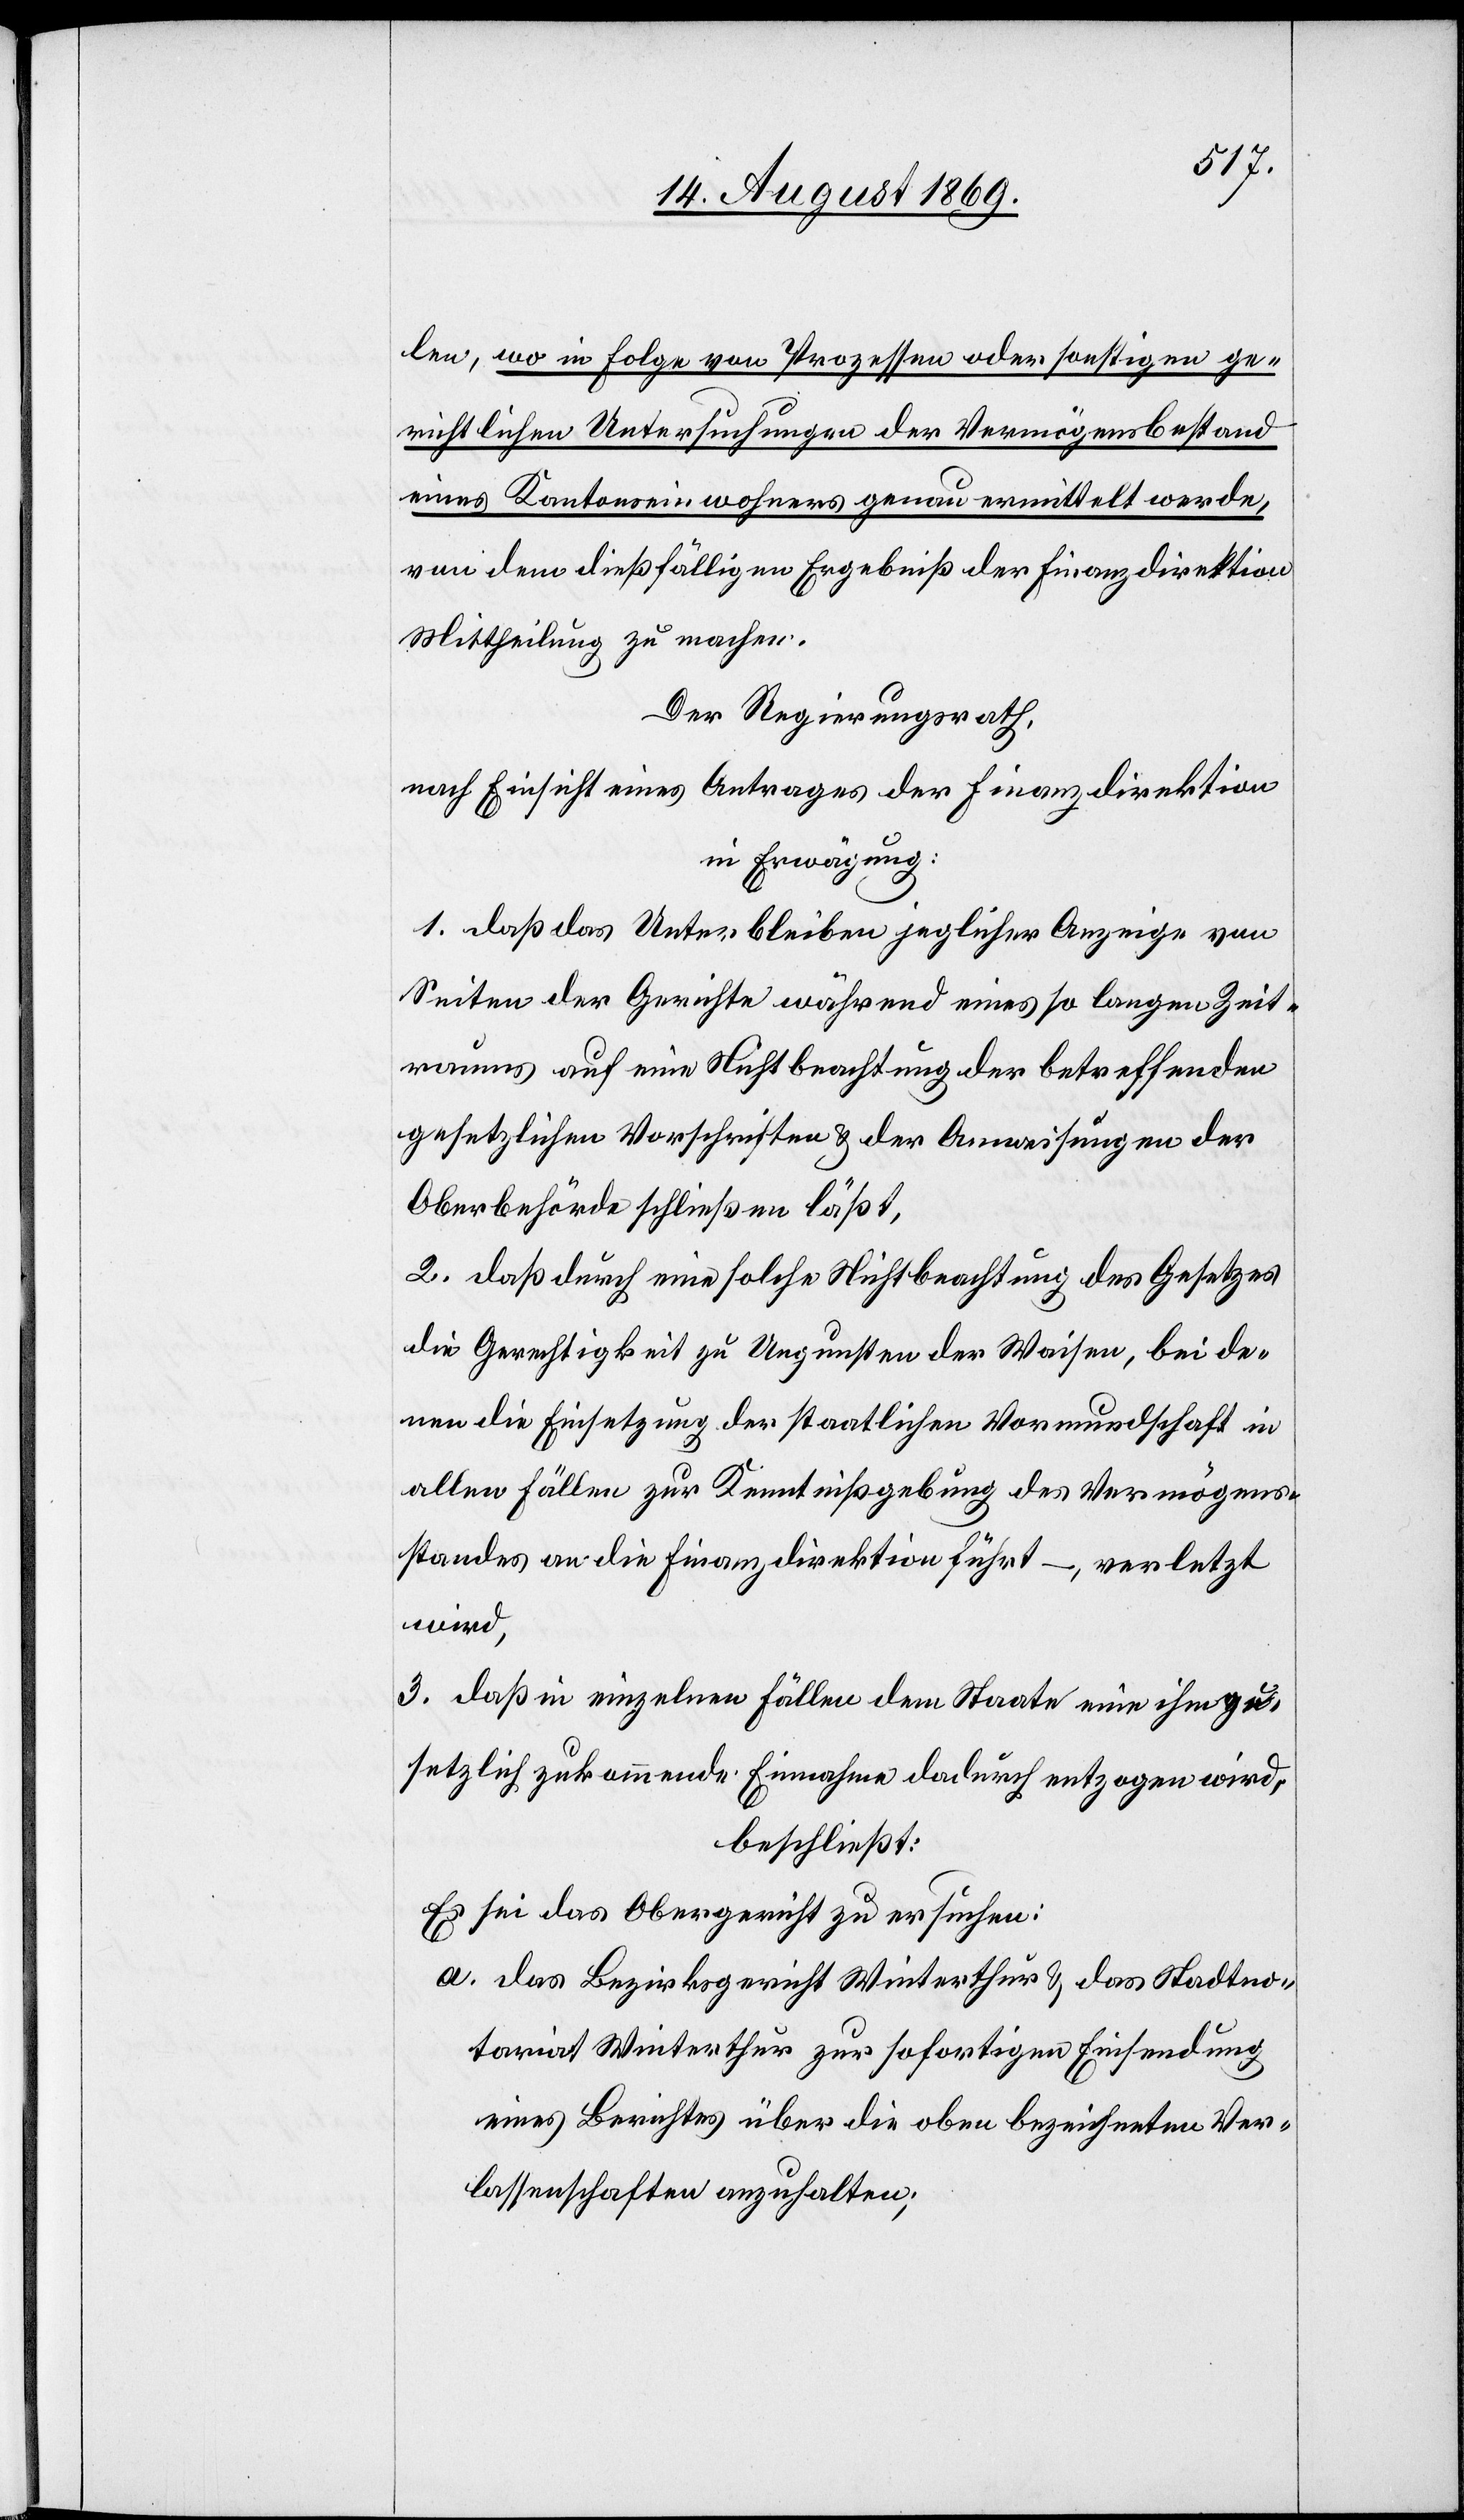
len, wo in Folge von Prozessen oder sonstigen ge¬
richtlichen Untersuchungen der Vermögensbestand
eines Kantonseinwohners genau ermittelt werde,
von dem dießfälligen Ergebniß der Finanzdirektion
Mittheilung zu machen.
Der Regierungsrath,
nach Einsicht eines Antrages der Finanzdirektion
in Erwägung:
1. daß das Unterbleiben jeglicher Anzeige von
Seiten der Gerichte während eines so langen Zeit¬
raums auf eine Nichtbeachtung der betreffenden
gesetzlichen Vorschriften & der Anweisungen der
Oberbehörde schließen läßt,
2. daß durch eine solche Nichtbeachtung des Gesetzes
die Gerechtigkeit zu Ungunsten der Waisen, bei de¬
nen die Einsetzung der staatlichen Vormundschaft in
allen Fällen zur Kenntnißgebung des Vermögens¬
standes an die Finanzdirektion führt –, verletzt
wird,
3. daß in einzelnen Fällen dem Staate eine ihm ge¬
setzlich zukommende Einnahme dadurch entzogen wird,
beschließt:
Es sei das Obergericht zu ersuchen:
a. das Bezirksgericht Winterthur & das Stadtno¬
tariat Winterthur zur sofortigen Einsendung
eines Berichtes über die oben bezeichneten Ver¬
lassenschaften anzuhalten;